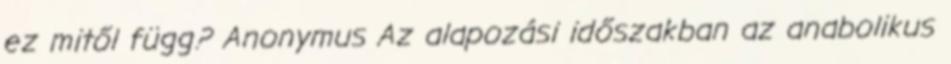
ez mitől függ? Anonymus Az alapozási időszakban az anabolikus